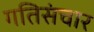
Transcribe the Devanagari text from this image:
गतिसंचार